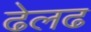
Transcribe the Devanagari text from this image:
ढेलढ